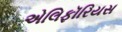
એલિફૉરિયસ